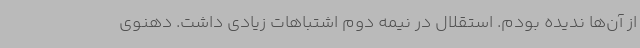
از آن‌ها ندیده بودم. استقلال در نیمه دوم اشتباهات زیادی داشت. دهنوی